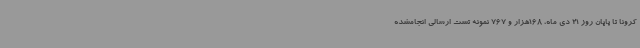
کرونا تا پایان روز 21 دی ماه، 168هزار و 767 نمونه تست ارسالی انجامشده